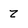
Character: z